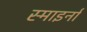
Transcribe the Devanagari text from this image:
स्माइर्ना